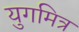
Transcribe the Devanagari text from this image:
युगमित्र